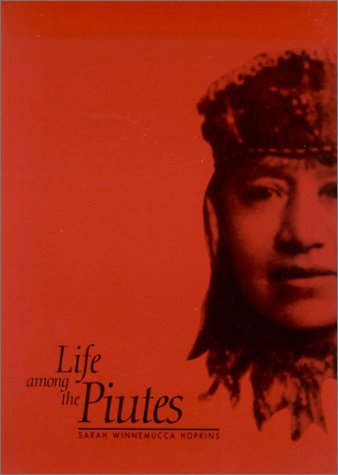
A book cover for Life Among the Piutes: Their Wrongs And Claims; Sarah Winnemucca Hopkins; Biographies & Memoirs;